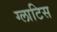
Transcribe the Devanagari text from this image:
ग्लाटिस